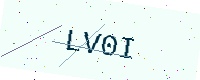
Text: LV0I